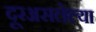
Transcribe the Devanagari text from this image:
दूरअसलेल्या